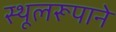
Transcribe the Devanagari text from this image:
स्थूलरूपाने